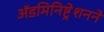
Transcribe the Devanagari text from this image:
ॲडमिनिष्ट्रेशनने